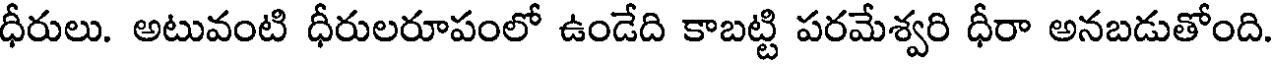
ధీరులు. అటువంటి ధీరులరూపంలో ఉండేది కాబట్టి పరమేశ్వరి ధీరా అనబడుతోంది